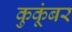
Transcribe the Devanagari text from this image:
कुकूंबर